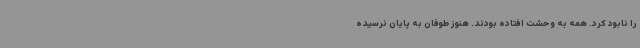
را نابود کرد. همه به وحشت افتاده بودند. هنوز طوفان به پایان نرسیده